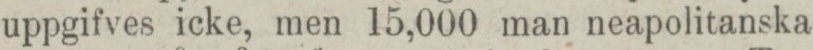
uppgifves icke, men 15,000 man neapolitanska